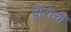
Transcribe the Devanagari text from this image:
द्वाराची